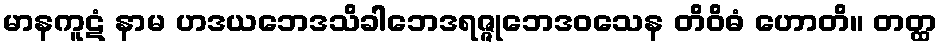
မာနကူဋံ နာမ ဟဒယဘေဒသိခါဘေဒရဇ္ဇုဘေဒဝသေန တိဝိဓံ ဟောတိ။ တတ္ထ